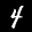
Label: 4